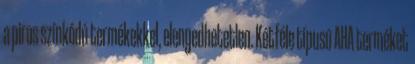
a piros színkódú termékekkel, elengedhetetlen. Kétféle típusú AHA terméket